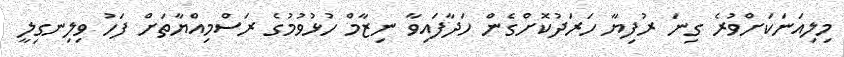
މިލިއަނަކަށްވުރެ ގިނަ ރުފިޔާ ހަރަދުކޮށްގެން ހަދާފައިވާ ނިޒާމް ހުޅުވުމުގެ ރަސްމިއްޔާތަށް ފަހު ވިލިނގިލީ